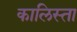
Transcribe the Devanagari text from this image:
कालिस्ता